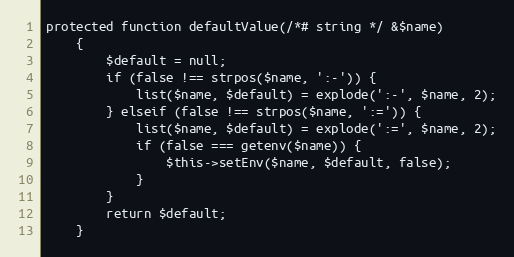
Language: PHP
protected function defaultValue(/*# string */ &$name)
    {
        $default = null;
        if (false !== strpos($name, ':-')) {
            list($name, $default) = explode(':-', $name, 2);
        } elseif (false !== strpos($name, ':=')) {
            list($name, $default) = explode(':=', $name, 2);
            if (false === getenv($name)) {
                $this->setEnv($name, $default, false);
            }
        }
        return $default;
    }